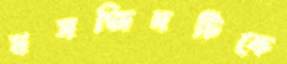
মসজিদটিকে